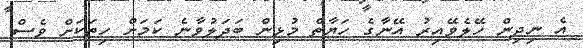
އެ ނިދިން ހޭލެވޭއިރު އޭނާގެ ހަޔާތް މުޅިން ބަދަލުވާނެ ކަމަށް ހިތަކަށް ވެސް